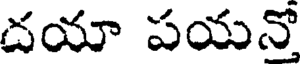
దయా పయనో